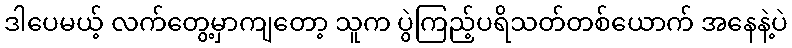
ဒါပေမယ့် လက်တွေ့မှာကျတော့ သူက ပွဲကြည့်ပရိသတ်တစ်ယောက် အနေနဲ့ပဲ